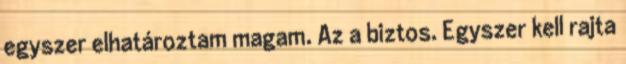
egyszer elhatároztam magam. Az a biztos. Egyszer kell rajta